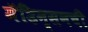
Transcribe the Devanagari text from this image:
मॅडिन्सनची